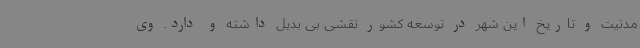
مدنیت و تاریخ این شهر در توسعه کشور نقشی بی بدیل داشته و دارد. وی